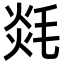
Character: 㲜